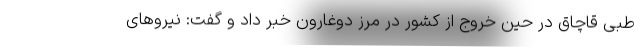
طبی قاچاق در حین خروج از کشور در مرز دوغارون خبر داد و گفت: نیروهای